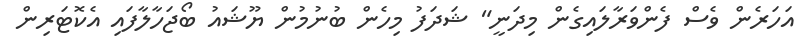
އަހަރެން ވެސް ފެންވަރާލައިގެން މިދަނީ" ޝަދަފު މިހެން ބުނުމުން ޔޫޝައު ބޯޖަހާލާފައި އެކޮޓަރިން